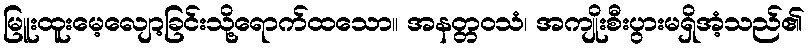
မြူးထူးမေ့လျော့ခြင်းသို့ရောက်ထသော။ အနတ္တဝသံ၊ အကျိုးစီးပွားမရှိအံ့သည်၏